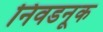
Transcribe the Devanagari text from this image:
निवडनूक